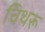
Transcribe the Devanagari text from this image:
चिथरू